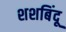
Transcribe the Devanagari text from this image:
शशबिंदू